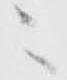
々